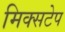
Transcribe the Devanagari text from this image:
मिक्सटेप